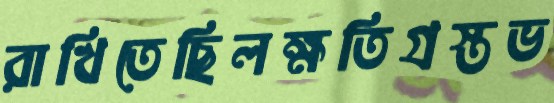
রাখিতেছিলক্ষতিগ্রস্তভ